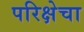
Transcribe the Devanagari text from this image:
परिक्षेचा